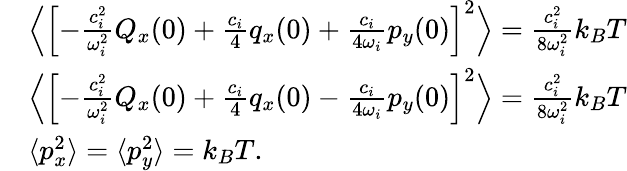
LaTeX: \begin{array}{rl}&{\Bigl\langle\Bigl[-\frac{c_{i}^{2}}{\omega_{i}^{2}}Q_{x}(0)+\frac{c_{i}}{4}q_{x}(0)+\frac{c_{i}}{4\omega_{i}}p_{y}(0)\Bigr]^{2}\Bigr\rangle=\frac{c_{i}^{2}}{8\omega_{i}^{2}}k_{B}T}\\ &{\Bigl\langle\Bigl[-\frac{c_{i}^{2}}{\omega_{i}^{2}}Q_{x}(0)+\frac{c_{i}}{4}q_{x}(0)-\frac{c_{i}}{4\omega_{i}}p_{y}(0)\Bigr]^{2}\Bigr\rangle=\frac{c_{i}^{2}}{8\omega_{i}^{2}}k_{B}T}\\ &{\langle{p}_{x}^{2}\rangle=\langle{p}_{y}^{2}\rangle=k_{B}T.}\end{array}